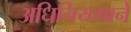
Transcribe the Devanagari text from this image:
अधिनियमाने